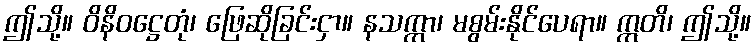
ဤသို့။ ဝိနိဝဋ္ဌေတုံ၊ ဖြေဆိုခြင်းငှာ။ နသက္ကာ၊ မစွမ်းနိုင်ပေရာ။ ဣတိ၊ ဤသို့။